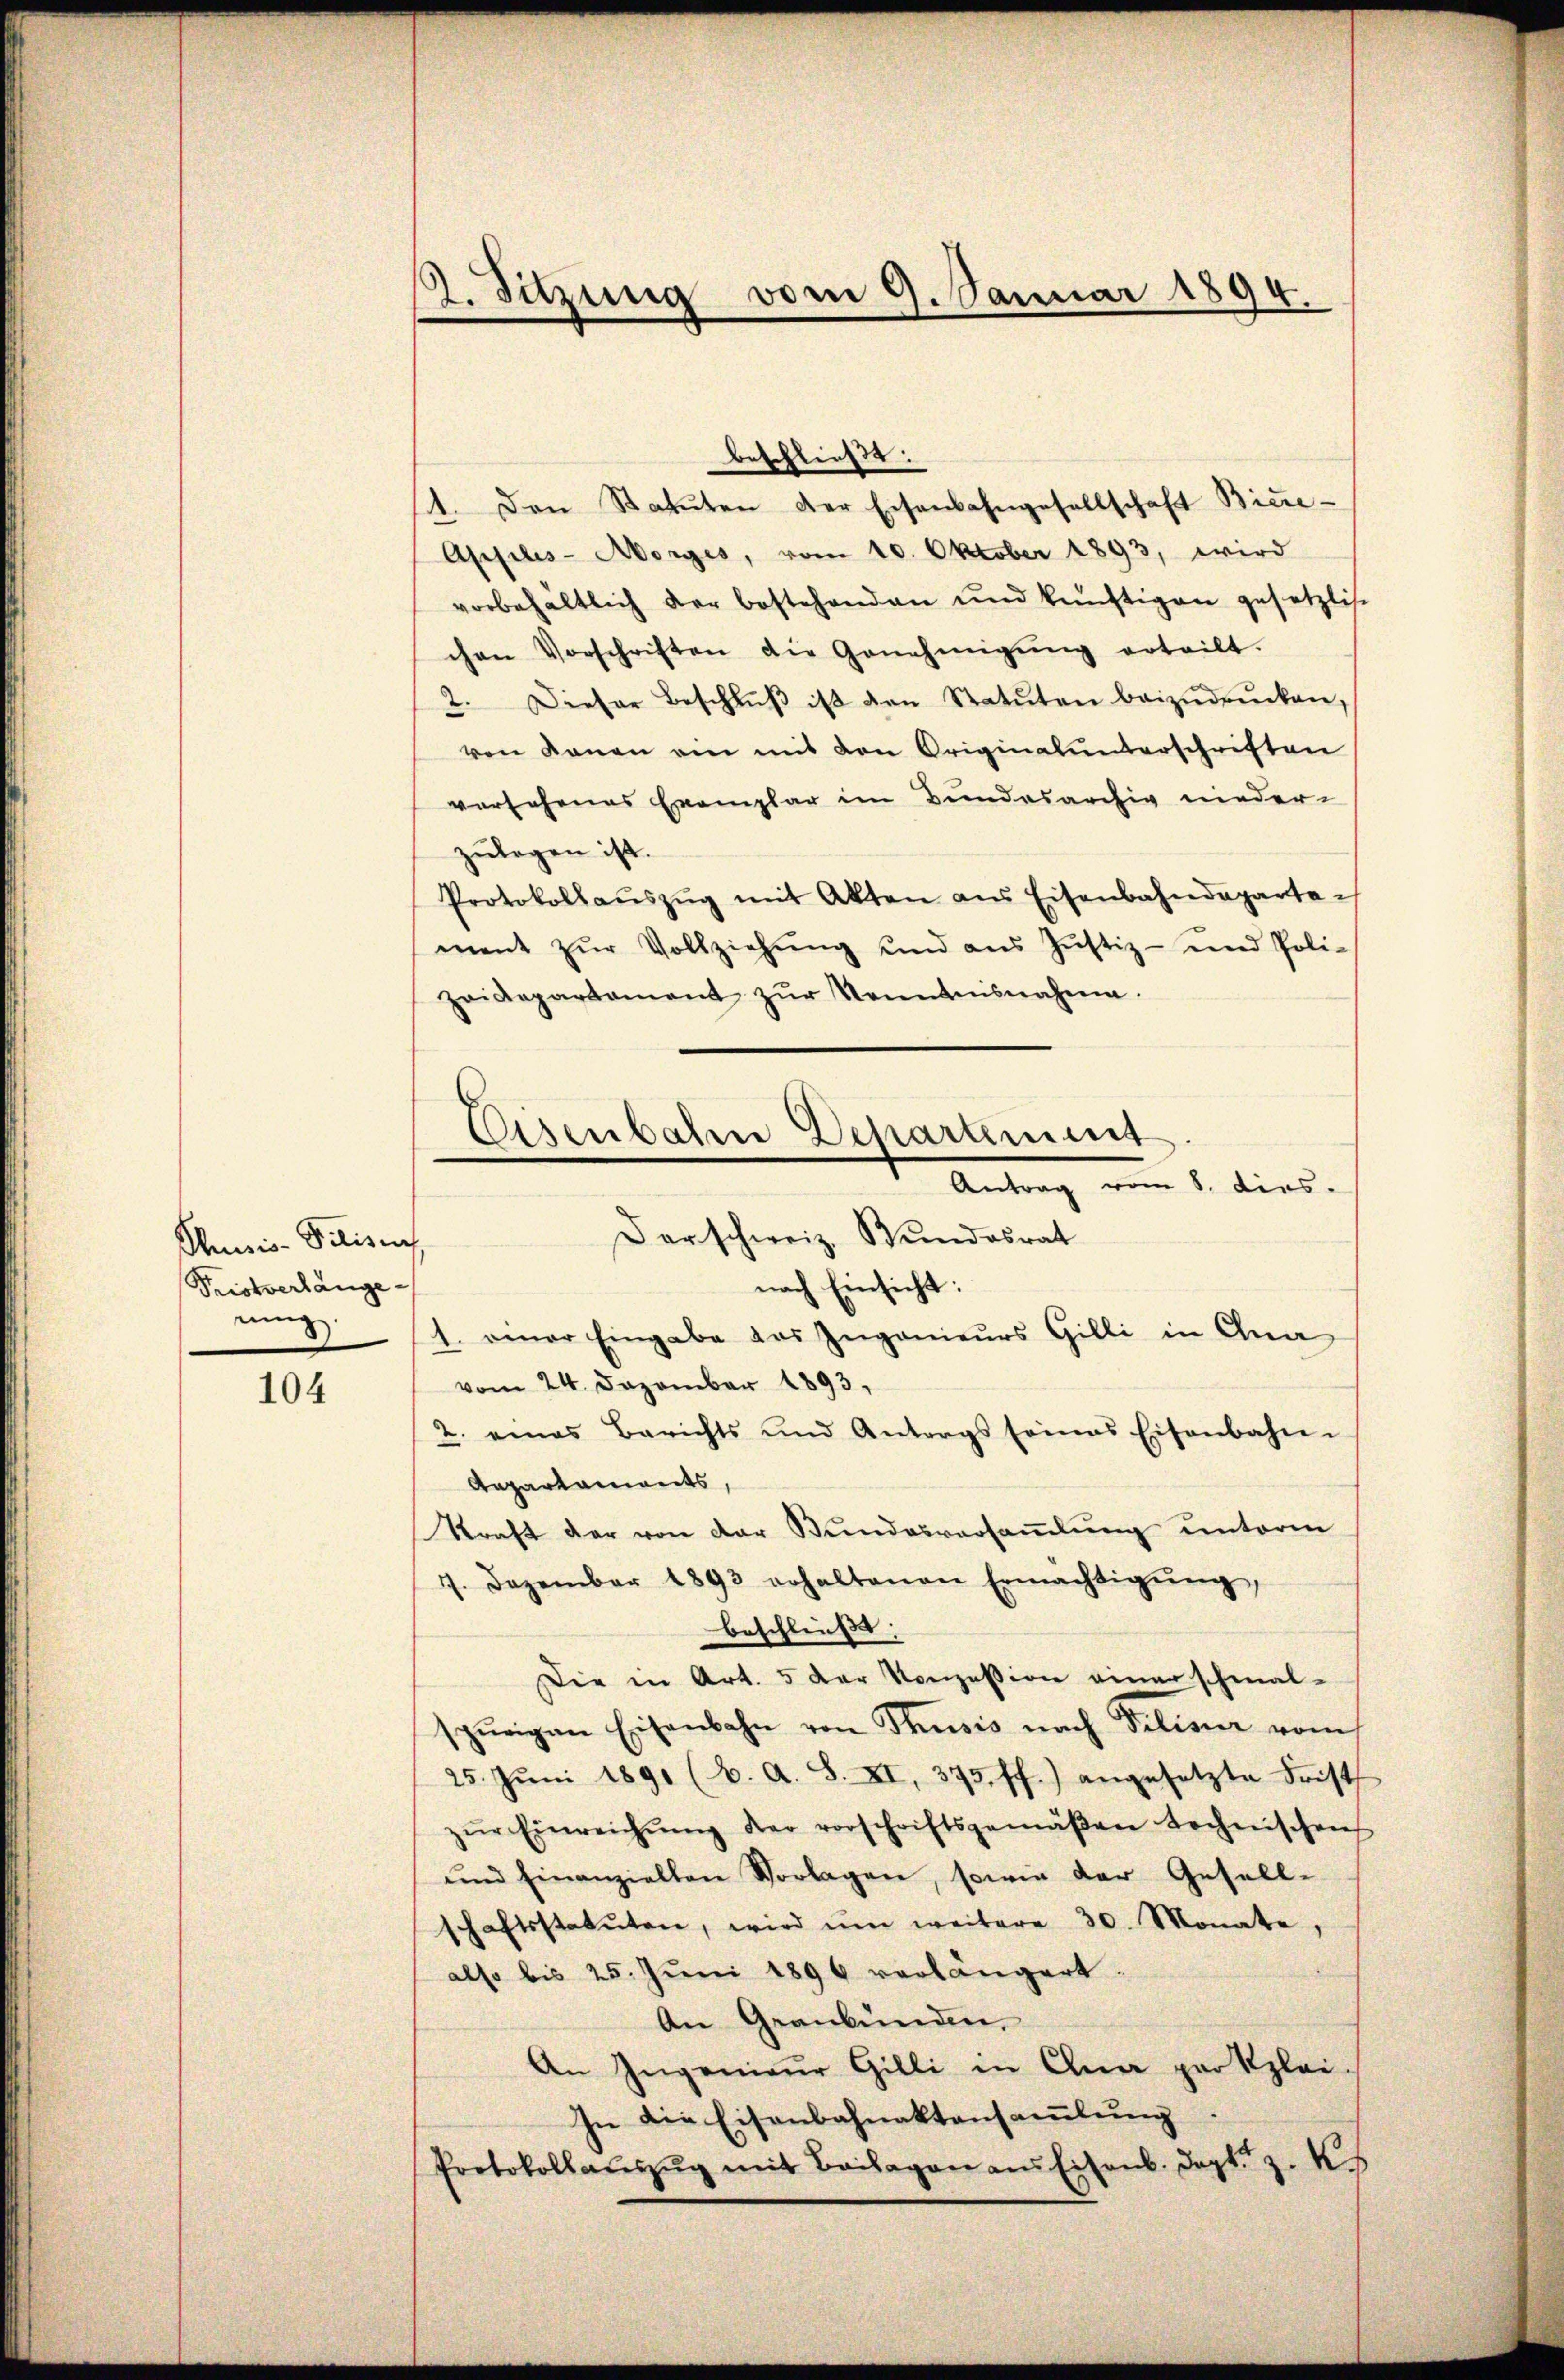
Puiis-Pilisi
Tristverlänge
nung

104

beschließt:
1. Den Statuten der Eisenbahngesellschaft Bicre-
Applis-Morges, vom 10. Oktober 1893, wird
vorbehaltlich der bestehenden und künftigen gesetzliche
chen Vorschriften die Genehmigŭng erteilt.
2. Dieser Beschlŭβ ist den Statuten beizŭdrücken,
ven Kanon am mit den Originalunterschriften
versehenes Exemplar im Bundesarchiv nieder
zulegen ist.
Protokollaŭszŭg mit Akten aus Eisenbahndepartement zŭr Vollziehŭng und aŭs Jŭstiz- und Poli-
zeidepartament zŭr Kenntnisnahme.

2. Sitzung vom 9. Januar 1894.

Eisenbahn Departement
Antrag vom 8. Dies
Der schweiz. Bundesrat
nach Einsicht:

1. einer Eingabe das Ingenieurs Gilli in Gna
vom 24. Dezember 1893,
2. eines Berichts und Antrags seines Eisenbahn-
Repartaments,
Straft der von der Bundesversammlung unterm
7. Dezember 1893 erhaltenen Ermächtigŭng,
beschließt:
Die in Art. 5 der Konzession einer schenal-
spurigen Eisenbahn von Thusis nach Filiana vom
25. Jŭni 1891 (6. A. S. XI, 375 ff.) angesetzte Frist
zŭr Einreichŭng der vorschriftsgemäβen technischen
ŭnd einanziellen Vorlagen, sowie der Gesell-
haftsstatuten, wird ŭm weitere 30. Monate,
also bis 25. Juni 1896 vorlängert.
An Graubünden,
An Ingenieŭr Gilli in Olna par Klei-
In die Eisenbahnaktansamlung.
Protokollaŭszŭg mit Beilagen ans Eisenb. Doct. z. K